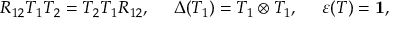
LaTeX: R _ { 1 2 } T _ { 1 } T _ { 2 } = T _ { 2 } T _ { 1 } R _ { 1 2 } , \ \ \ \ \Delta ( T _ { 1 } ) = T _ { 1 } \otimes T _ { 1 } , \ \ \ \ \varepsilon ( T ) = { \bf 1 } ,